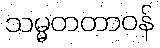
သမ္မတတာဝန်